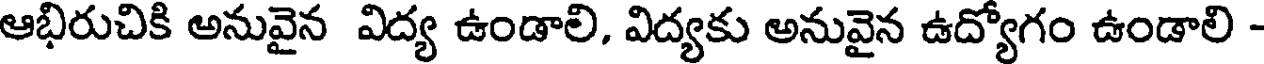
ఆభిరుచికి అనువైన విద్య ఉండాలి, విద్యకు అనువైన ఉద్యోగం ఉండాలి -